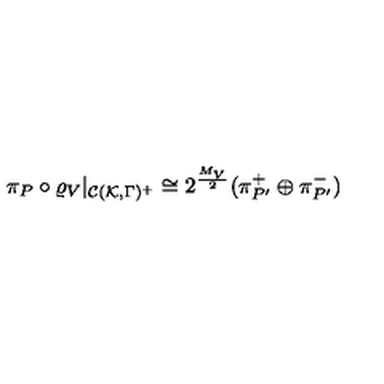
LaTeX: \pi _ { P } \circ \varrho _ { V } | _ { { \cal C } ( { \cal K } , \Gamma ) ^ { + } } \cong 2 ^ { \frac { M _ { V } } { 2 } } ( \pi _ { P ^ { \prime } } ^ { + } \oplus \pi _ { P ^ { \prime } } ^ { - } )